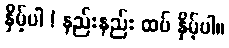
နှိမ့်ပါ ! နည်းနည်း ထပ် နှိမ့်ပါ။